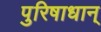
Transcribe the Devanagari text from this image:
पुरिषाधान्